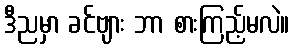
ဒီညမှာ ခင်ဗျား ဘာ စားကြည့်မလဲ။